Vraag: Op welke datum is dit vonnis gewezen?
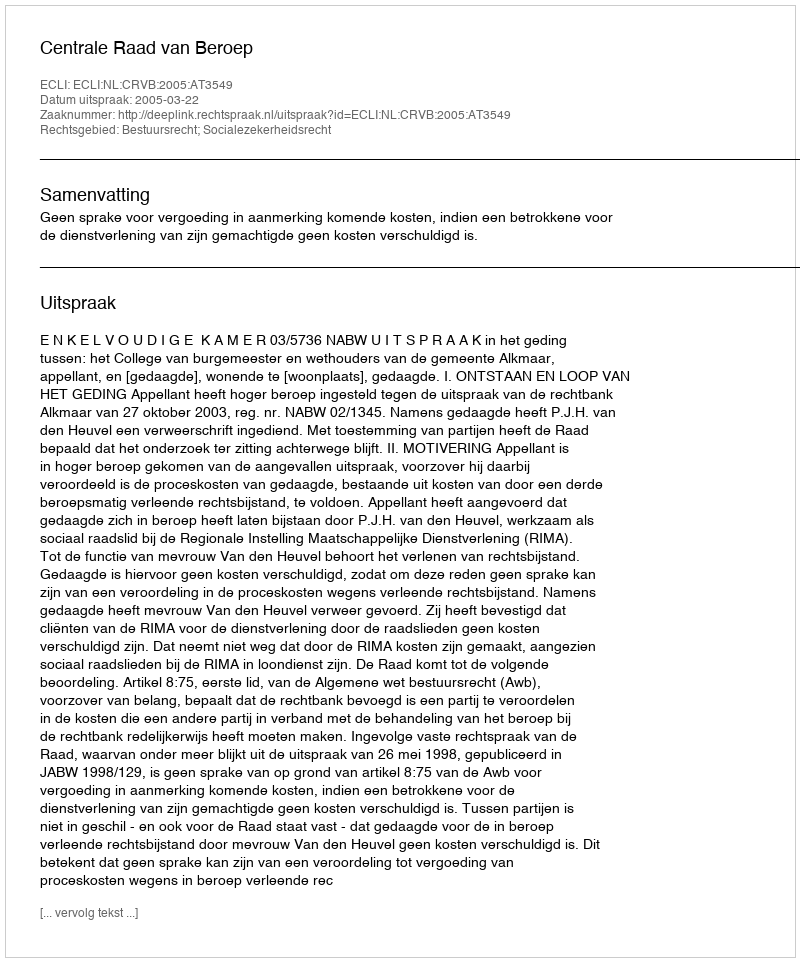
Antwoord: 2005-03-22